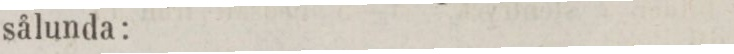
sålunda: